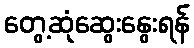
တွေ့ဆုံဆွေးနွေးရန်